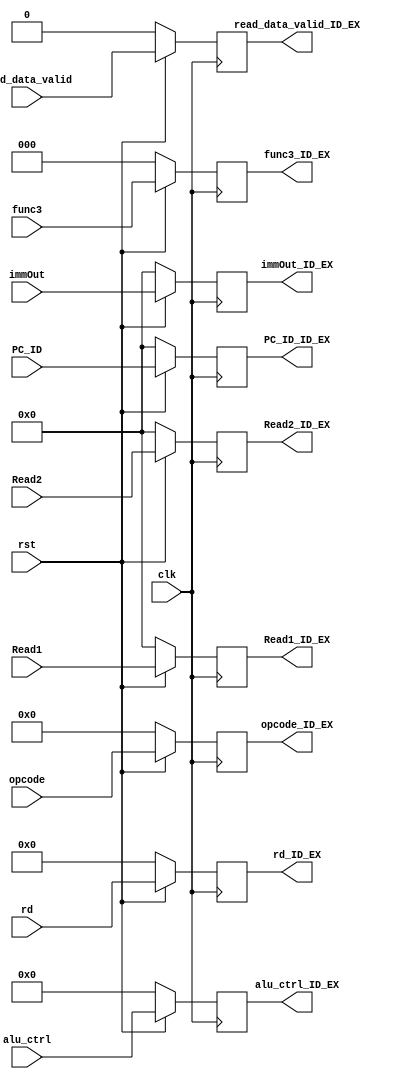
module ID_EX (
    input wire clk,
    input wire rst,
    input wire read_data_valid,
    input wire [3:0] alu_ctrl,
    input wire [31:0] immOut,
    input wire [31:0] Read1,
    input wire [31:0] Read2,
    input wire [4:0] rd,
    input wire [2:0] func3,
    input wire [6:0] opcode,
    input wire [31:0] PC_ID,
    output reg read_data_valid_ID_EX,
    output reg [3:0] alu_ctrl_ID_EX,
    output reg [31:0] immOut_ID_EX,
    output reg [31:0] Read1_ID_EX,
    output reg [31:0] Read2_ID_EX,
    output reg [4:0] rd_ID_EX,
    output reg [2:0] func3_ID_EX,
    output reg [6:0] opcode_ID_EX,
    output reg [31:0] PC_ID_ID_EX
);

always @(posedge clk)
begin
    if (!rst)
    begin
        read_data_valid_ID_EX <= 1'd0;
        alu_ctrl_ID_EX <= 4'd0;
        immOut_ID_EX <= 32'd0;
        Read1_ID_EX <= 32'd0;
        Read2_ID_EX <= 32'd0;
        rd_ID_EX <= 5'd0;
        func3_ID_EX <= 3'd0;
        opcode_ID_EX <= 7'd0;
        PC_ID_ID_EX <= 32'd0;
    end
    else
    begin
        read_data_valid_ID_EX <= read_data_valid;
        alu_ctrl_ID_EX <= alu_ctrl;
        immOut_ID_EX <= immOut;
        Read1_ID_EX <= Read1;
        Read2_ID_EX <= Read2;
        rd_ID_EX <= rd;
        func3_ID_EX <= func3;
        opcode_ID_EX <= opcode;
        PC_ID_ID_EX <= PC_ID;
    end
end

endmodule